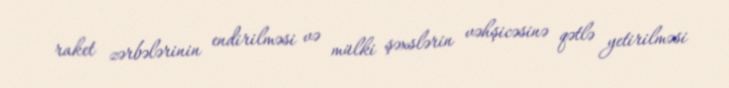
raket zərbələrinin endirilməsi və mülki şəxslərin vəhşicəsinə qətlə yetirilməsi